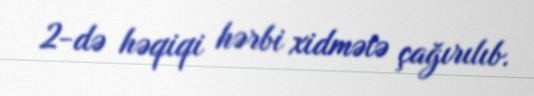
2-də həqiqi hərbi xidmətə çağırılıb.